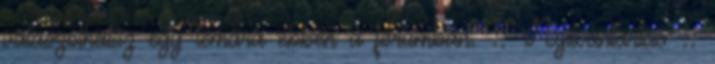
válaszolhatsz egy témára ebben a fórumban. :: Nyilvántartás ::